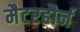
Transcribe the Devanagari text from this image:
मैटरहौर्न